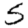
Digit: 5